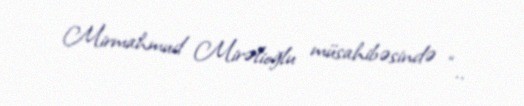
Mirmahmud Mirəlioğlu müsahibəsində “..